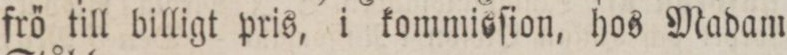
frö till billigt pris, i kommisſion, hos Madam